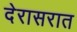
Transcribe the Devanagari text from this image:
देरासरात